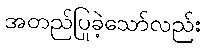
အတည်ပြုခဲ့သော်လည်း